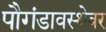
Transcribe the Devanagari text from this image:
पौगंडावस्थेवर